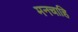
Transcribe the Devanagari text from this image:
मनचाहि